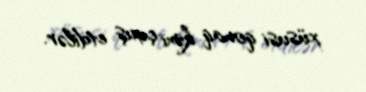
xüsusi qonaq kimi çıxış etdilər.